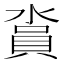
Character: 𣺪